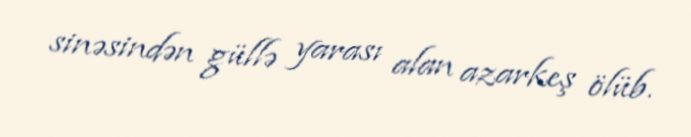
sinəsindən güllə yarası alan azarkeş ölüb.